Mental hospitals Bombay report 1929-33 - 1929-1933
Year: 1929
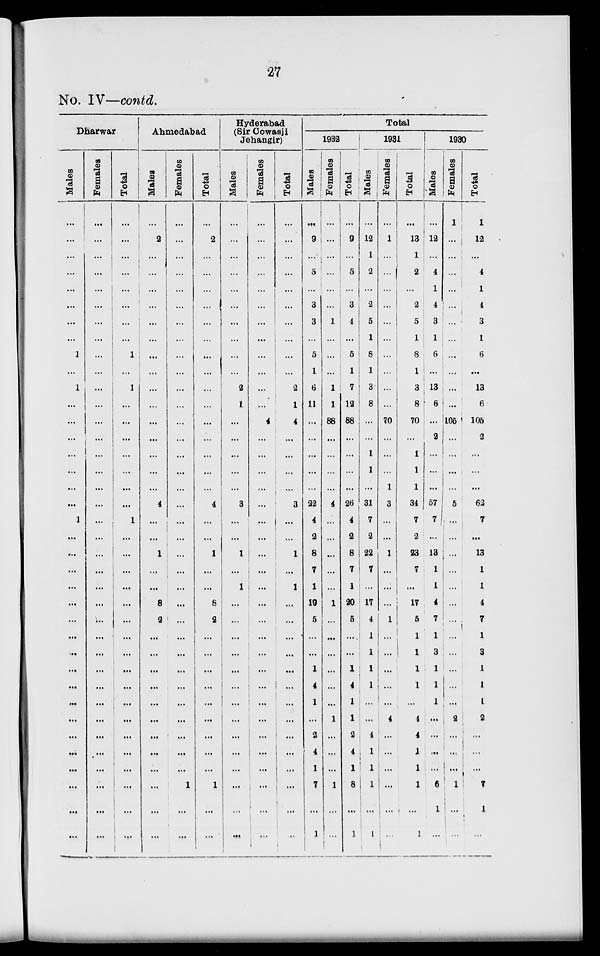
27
No. IV—contd.
Dhawar
Males
...
...
...
...
...
...
...
...
1
...
1
...
...
...
...
...
...
...
1
...
...
...
...
...
...
...
...
...
...
...
...
...
...
...
...
...
...
Females
...
...
...
...
...
...
...
...
...
...
...
...
...
...
...
...
...
...
...
...
...
...
...
...
...
...
...
...
...
...
...
...
...
...
...
...
...
Total
...
...
...
...
...
...
...
1
...
1
...
...
...
...
...
...
...
1
...
...
...
...
...
...
...
...
...
...
...
...
...
...
...
...
...
...
Ahmedabad
Males
...
2
...
...
...
...
...
...
...
...
...
...
...
...
...
...
...
4
...
...
1
...
...
8
2
...
...
...
...
...
...
...
...
...
...
...
...
Females
...
...
...
...
...
...
...
...
...
...
...
...
...
...
...
...
...
...
...
...
...
...
...
...
...
...
...
...
...
...
...
...
...
...
1
...
...
Total
...
2
...
...
...
...
...
...
...
...
...
...
...
...
...
...
...
4
...
...
1
...
...
8
2
...
...
...
...
...
...
...
...
...
1
...
...
Hyderabad
(Sir Cowasji
Jehangir)
Males
...
...
...
...
...
...
...
...
...
...
2
1
...
...
...
...
...
3
...
...
1
...
1
...
...
...
...
...
...
...
...
...
...
...
...
...
...
Females
...
...
...
...
...
...
...
...
...
...
...
...
4
...
...
...
...
...
...
...
...
...
...
...
...
...
...
...
...
...
...
...
...
...
...
...
...
Total
...
...
...
...
...
...
...
...
...
...
2
1
4
...
...
...
...
3
...
...
1
...
1
...
...
...
...
...
...
...
...
...
...
...
...
...
...
Total
1932
Males
...
9
...
5
...
3
3
...
5
1
6
11
...
...
...
...
...
22
4
2
8
7
1
19
5
...
...
1
4
1
...
2
4
1
7
...
1
Females
...
...
...
...
...
...
1
...
...
...
1
1
88
...
...
...
...
4
...
...
...
...
...
1
...
...
...
...
...
...
1
...
...
...
1
...
...
Total
...
9
...
5
...
3
4
...
5
1
7
12
88
...
...
...
...
26
4
2
8
7
1
20
5
....
...
1
4
...
1
2
4
1
8
...
1
1931
Males
...
12
1
2
...
2
5
1
8
1
3
8
...
...
1
1
...
31
7
2
22
7
...
17
4
1
1
1
1
...
...
4
1
1
1
...
1
Females
...
1
...
...
...
...
...
...
...
...
...
70
...
...
...
1
3
...
...
1
...
...
...
1
...
...
...
...
...
4
...
...
...
...
...
...
Total
...
13
1
2
...
2
5
1
8
1
3
8
70
...
1
1
1
34
7
2
23
7
...
17
5
1
1
1
1
...
4
4
1
1
1
...
1
1930
Males
...
12
...
4
1
4
3
1
6
...
13
6
...
2
...
...
...
57
7
...
13
1
1
4
7
1
3
1
1
1
...
...
...
...
6
1
...
Females
1
...
...
...
...
...
...
...
...
...
...
...
105
...
...
...
...
5
...
...
...
...
...
...
...
...
...
...
...
...
2
...
1
1
1
...
...
Total
1
12
...
4
1
4
3
1
6
...
13
6
105
2
...
...
...
62
7
...
13
1
1
4
7
1
3
1
1
...
2
...
...
...
7
1
...